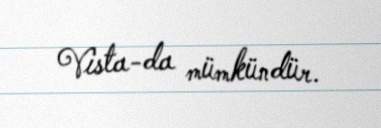
Vista-da mümkündür.